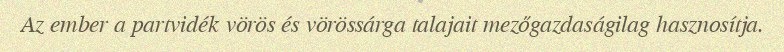
Az ember a partvidék vörös és vörössárga talajait mezőgazdaságilag hasznosítja.